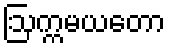
ဩက္ကမယတော